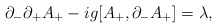
\begin{align*}\partial_-\partial_+A_+ -ig [A_+,\partial_-A_+]=\lambda,\end{align*}